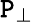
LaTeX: \mathtt{P}_{\perp}